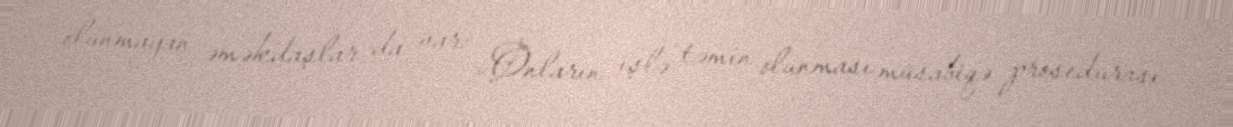
olunmayan əməkdaşlar da var: «Onların işlə təmin olunması müsabiqə prosedurası